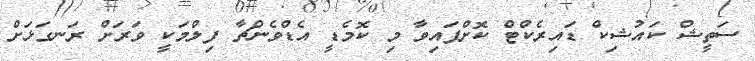
ސަތީޝް ކައުޝިކް ޑައިރެކްޓް ކޮށްފައިވާ މި ކޮމެޑީ އެޑްވެންޗާ ފިލްމަކީ ވަރަށް ރަނގަޅަށް